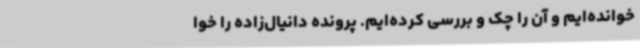
خوانده‌ایم و آن را چک و بررسی کرده‌ایم. پرونده دانیال‌زاده را خوا